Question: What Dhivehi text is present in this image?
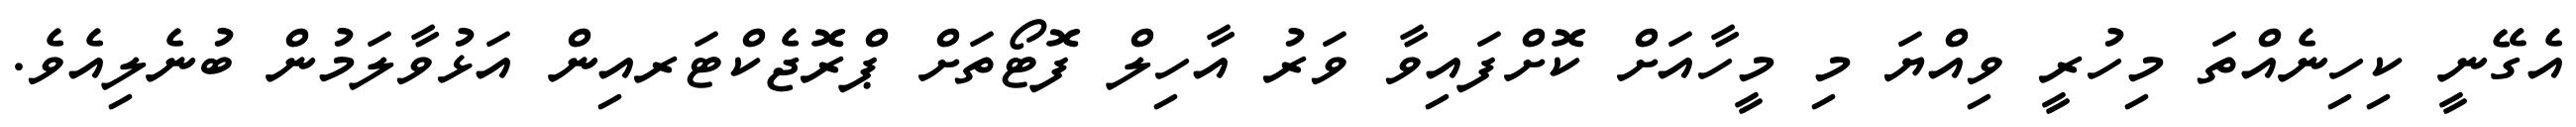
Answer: އެގޭނީ ކިހިނެއްތަ މިހުރީ ވިއްޔަ މި މީހާއަށް ކޮށްފައިވާ ވަރު އާހިލް ފޮޓޯތަށް ޕްރޮޖެކްޓަރއިން އަޅުވާލަމުން ބުނެލިއެވެ.